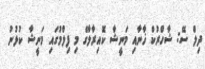
ދިލް ސޭ: ޝާހްރުކް ޚާނާއި މަނީޝާ ކޮއިރާލާގެ މި ފިލްމުގައި މަނީޝާ ކުޅުނު